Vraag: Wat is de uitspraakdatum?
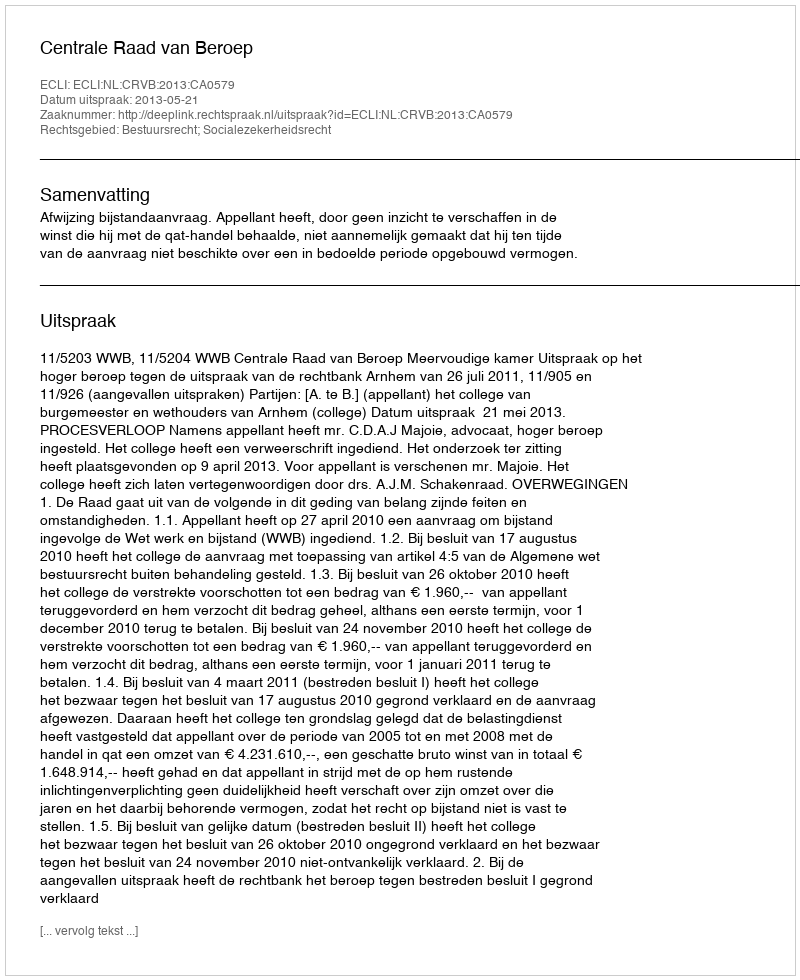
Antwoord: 2013-05-21